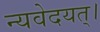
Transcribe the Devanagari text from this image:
न्यवेदयत्।